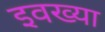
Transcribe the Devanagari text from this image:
इवख्या